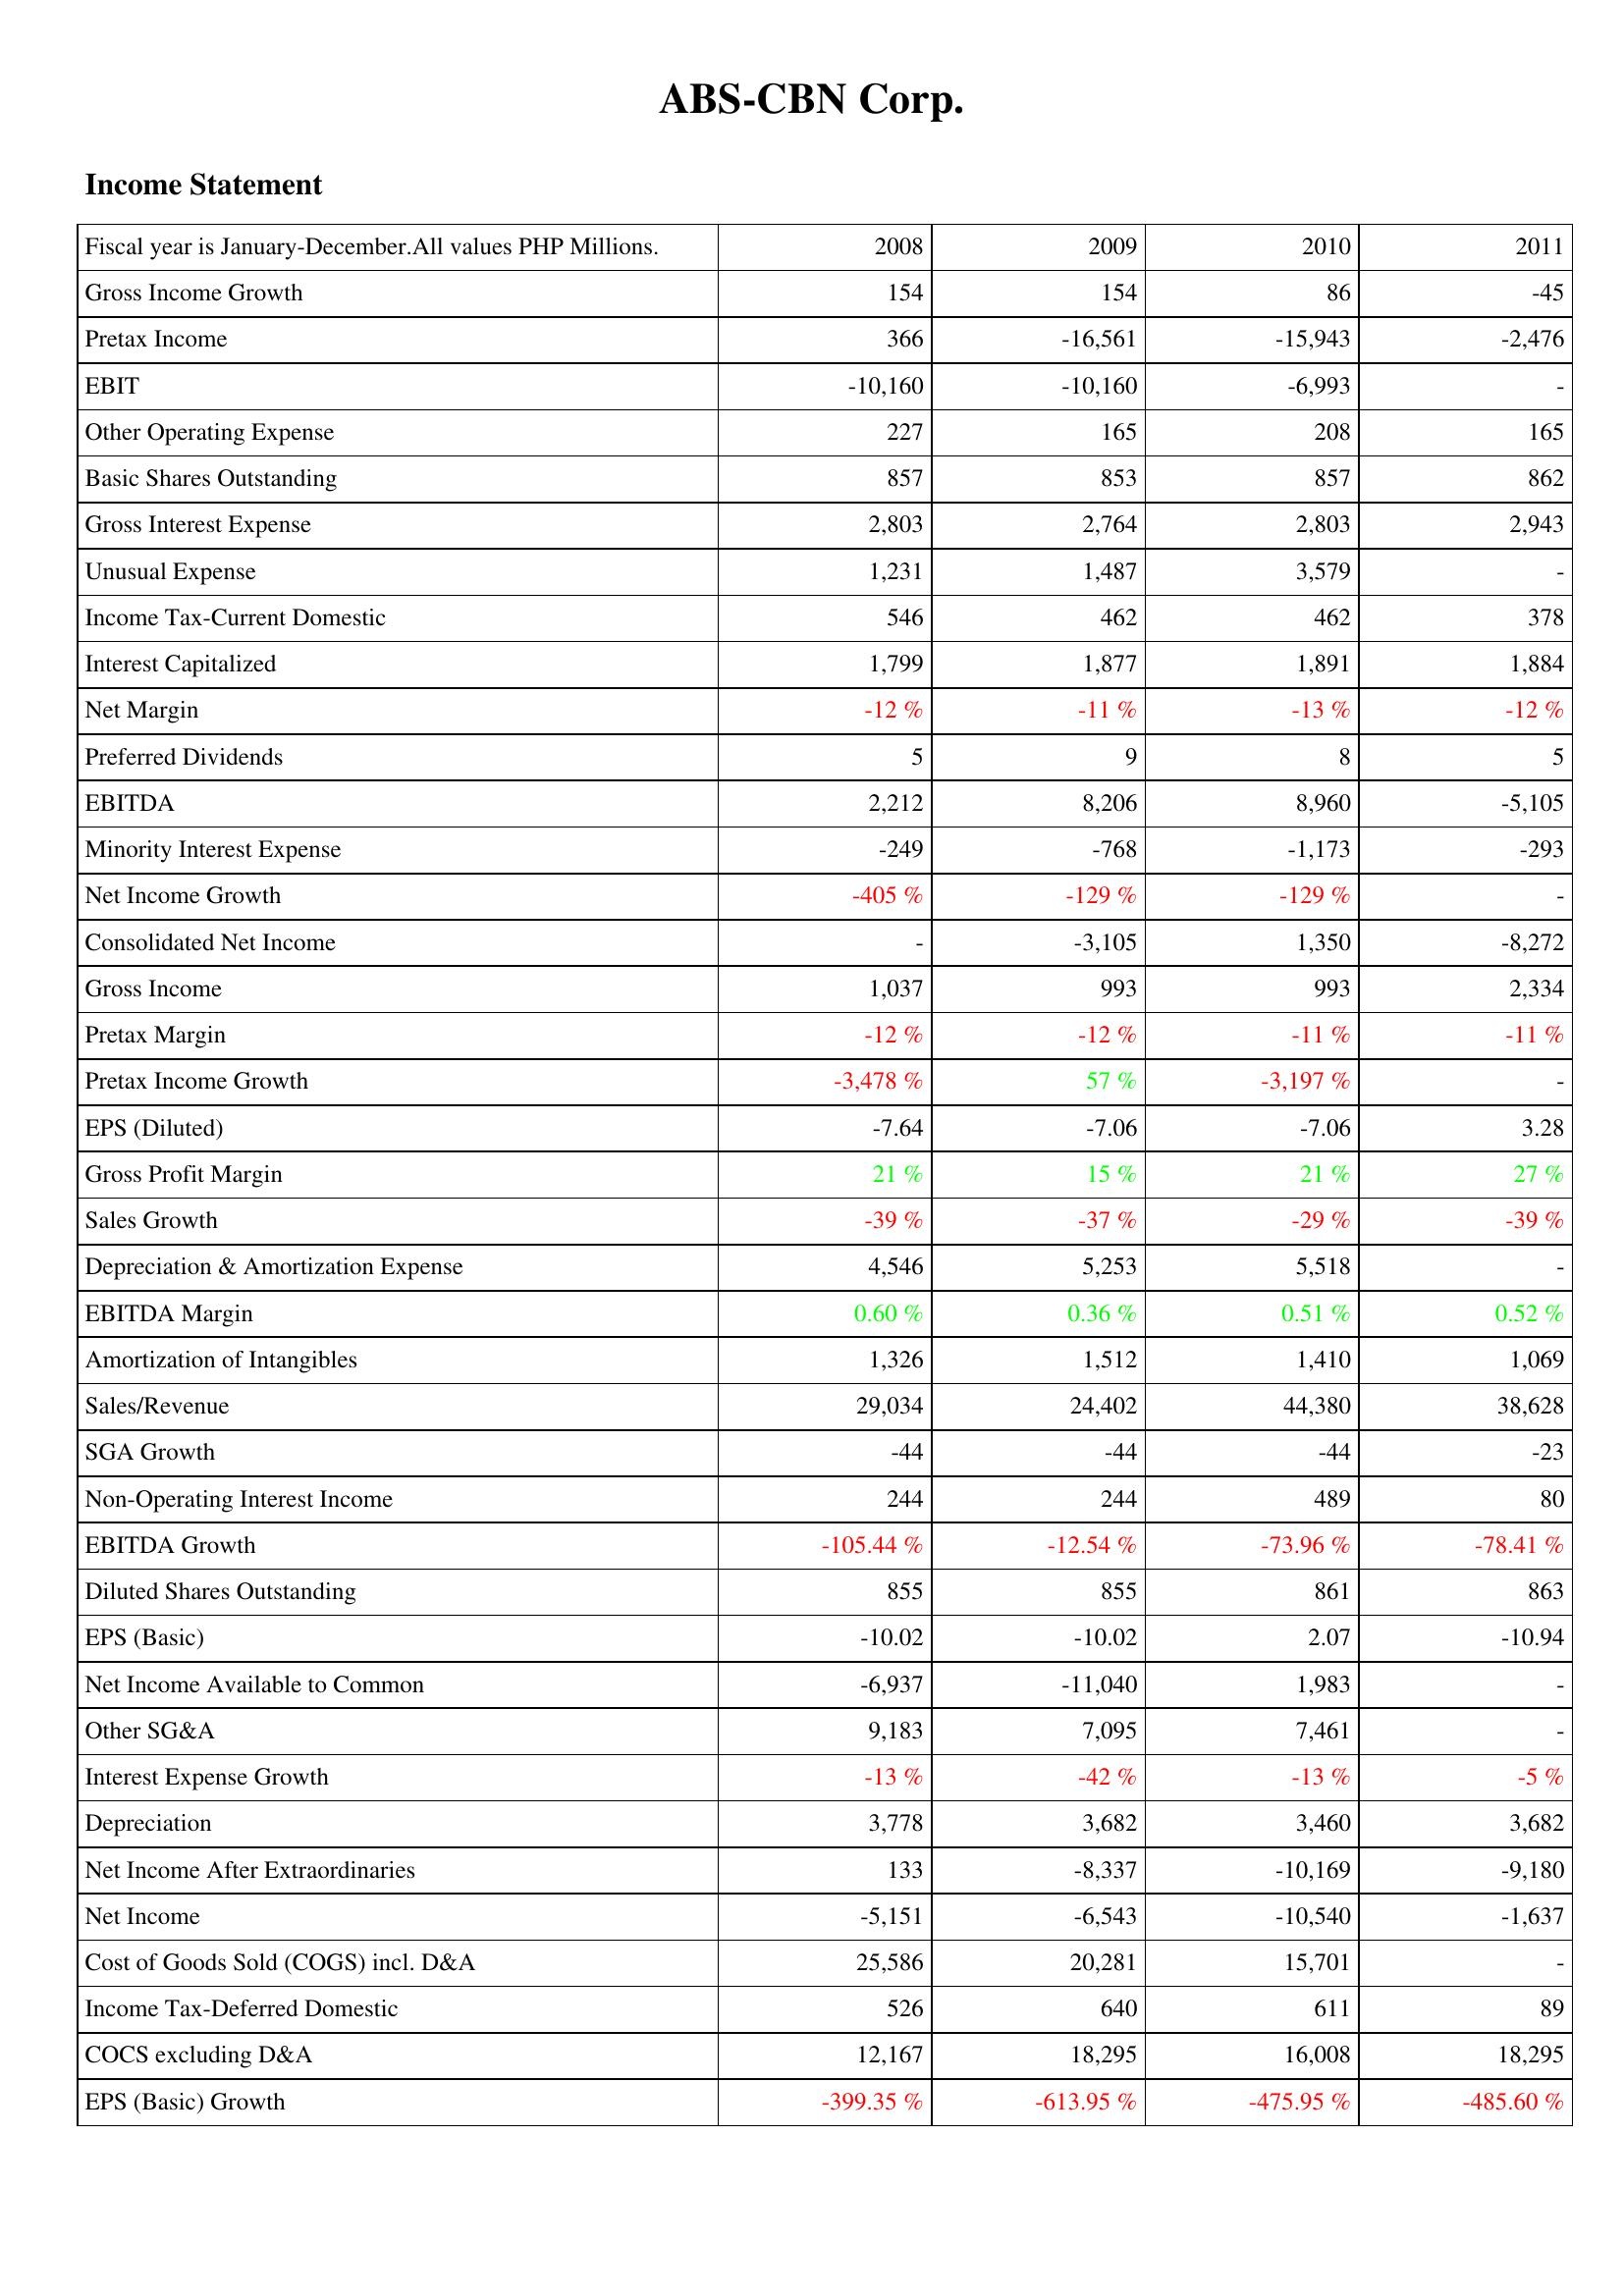
2008: Income Statement: Gross Income Growth: 154
Pretax Income: 366
EBIT: -10,160
Other Operating Expense: 227
Basic Shares Outstanding: 857
Gross Interest Expense: 2,803
Unusual Expense: 1,231
Income Tax-Current Domestic: 546
Interest Capitalized: 1,799
Net Margin: -12 %
Preferred Dividends: 5
EBITDA: 2,212
Minority Interest Expense: -249
Net Income Growth: -405 %
Consolidated Net Income: -
Gross Income: 1,037
Pretax Margin: -12 %
Pretax Income Growth: -3,478 %
EPS (Diluted): -7.64
Gross Profit Margin: 21 %
Sales Growth: -39 %
Depreciation & Amortization Expense: 4,546
EBITDA Margin: 0.60 %
Amortization of Intangibles: 1,326
Sales/Revenue: 29,034
SGA Growth: -44
Non-Operating Interest Income: 244
EBITDA Growth: -105.44 %
Diluted Shares Outstanding: 855
EPS (Basic): -10.02
Net Income Available to Common: -6,937
Other SG&A: 9,183
Interest Expense Growth: -13 %
Depreciation: 3,778
Net Income After Extraordinaries: 133
Net Income: -5,151
Cost of Goods Sold (COGS) incl. D&A: 25,586
Income Tax-Deferred Domestic: 526
COCS excluding D&A: 12,167
EPS (Basic) Growth: -399.35 %
2009: Income Statement: Gross Income Growth: 154
Pretax Income: -16,561
EBIT: -10,160
Other Operating Expense: 165
Basic Shares Outstanding: 853
Gross Interest Expense: 2,764
Unusual Expense: 1,487
Income Tax-Current Domestic: 462
Interest Capitalized: 1,877
Net Margin: -11 %
Preferred Dividends: 9
EBITDA: 8,206
Minority Interest Expense: -768
Net Income Growth: -129 %
Consolidated Net Income: -3,105
Gross Income: 993
Pretax Margin: -12 %
Pretax Income Growth: 57 %
EPS (Diluted): -7.06
Gross Profit Margin: 15 %
Sales Growth: -37 %
Depreciation & Amortization Expense: 5,253
EBITDA Margin: 0.36 %
Amortization of Intangibles: 1,512
Sales/Revenue: 24,402
SGA Growth: -44
Non-Operating Interest Income: 244
EBITDA Growth: -12.54 %
Diluted Shares Outstanding: 855
EPS (Basic): -10.02
Net Income Available to Common: -11,040
Other SG&A: 7,095
Interest Expense Growth: -42 %
Depreciation: 3,682
Net Income After Extraordinaries: -8,337
Net Income: -6,543
Cost of Goods Sold (COGS) incl. D&A: 20,281
Income Tax-Deferred Domestic: 640
COCS excluding D&A: 18,295
EPS (Basic) Growth: -613.95 %
2010: Income Statement: Gross Income Growth: 86
Pretax Income: -15,943
EBIT: -6,993
Other Operating Expense: 208
Basic Shares Outstanding: 857
Gross Interest Expense: 2,803
Unusual Expense: 3,579
Income Tax-Current Domestic: 462
Interest Capitalized: 1,891
Net Margin: -13 %
Preferred Dividends: 8
EBITDA: 8,960
Minority Interest Expense: -1,173
Net Income Growth: -129 %
Consolidated Net Income: 1,350
Gross Income: 993
Pretax Margin: -11 %
Pretax Income Growth: -3,197 %
EPS (Diluted): -7.06
Gross Profit Margin: 21 %
Sales Growth: -29 %
Depreciation & Amortization Expense: 5,518
EBITDA Margin: 0.51 %
Amortization of Intangibles: 1,410
Sales/Revenue: 44,380
SGA Growth: -44
Non-Operating Interest Income: 489
EBITDA Growth: -73.96 %
Diluted Shares Outstanding: 861
EPS (Basic): 2.07
Net Income Available to Common: 1,983
Other SG&A: 7,461
Interest Expense Growth: -13 %
Depreciation: 3,460
Net Income After Extraordinaries: -10,169
Net Income: -10,540
Cost of Goods Sold (COGS) incl. D&A: 15,701
Income Tax-Deferred Domestic: 611
COCS excluding D&A: 16,008
EPS (Basic) Growth: -475.95 %
2011: Income Statement: Gross Income Growth: -45
Pretax Income: -2,476
EBIT: -
Other Operating Expense: 165
Basic Shares Outstanding: 862
Gross Interest Expense: 2,943
Unusual Expense: -
Income Tax-Current Domestic: 378
Interest Capitalized: 1,884
Net Margin: -12 %
Preferred Dividends: 5
EBITDA: -5,105
Minority Interest Expense: -293
Net Income Growth: -
Consolidated Net Income: -8,272
Gross Income: 2,334
Pretax Margin: -11 %
Pretax Income Growth: -
EPS (Diluted): 3.28
Gross Profit Margin: 27 %
Sales Growth: -39 %
Depreciation & Amortization Expense: -
EBITDA Margin: 0.52 %
Amortization of Intangibles: 1,069
Sales/Revenue: 38,628
SGA Growth: -23
Non-Operating Interest Income: 80
EBITDA Growth: -78.41 %
Diluted Shares Outstanding: 863
EPS (Basic): -10.94
Net Income Available to Common: -
Other SG&A: -
Interest Expense Growth: -5 %
Depreciation: 3,682
Net Income After Extraordinaries: -9,180
Net Income: -1,637
Cost of Goods Sold (COGS) incl. D&A: -
Income Tax-Deferred Domestic: 89
COCS excluding D&A: 18,295
EPS (Basic) Growth: -485.60 %